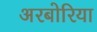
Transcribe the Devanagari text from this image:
अरबोरिया